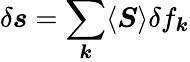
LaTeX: \delta\boldsymbol{s}=\sum_{\boldsymbol{k}}\langle\boldsymbol{S}\rangle\delta f_{\boldsymbol{k}}